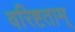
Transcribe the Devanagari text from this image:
वरिष्टताम्